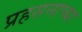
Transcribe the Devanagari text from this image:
प्रहसनाच्या